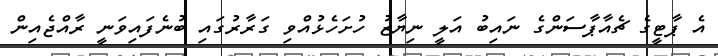
އެ ޕާޓީގެ ޗެއާޕާސަންގެ ނައިބު އަލީ ނިޔާޒު ހުށަހެޅުއްވި ގަރާރުގައި ބުނެފައިވަނީ ރާއްޖެއިން